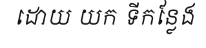
ដោយ យក ទីកន្លែង